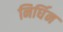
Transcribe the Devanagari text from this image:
निर्घिन